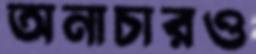
অনাচারও